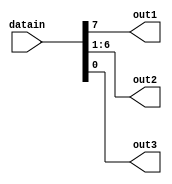
module last_seperator(input [7:0]datain,output out1,output [5:0]out2,output out3);
  assign out1=datain[7];
  assign out2=datain[6:1];
  assign out3=datain[0];
endmodule